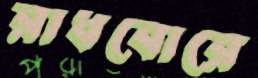
রাধবোরে